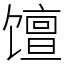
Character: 𫗴